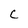
Character: C